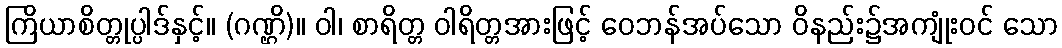
ကြိယာစိတ္တုပ္ပါဒ်နှင့်။ (ဂဏ္ဌိ)။ ဝါ၊ စာရိတ္တ ဝါရိတ္တအားဖြင့် ဝေဘန်အပ်သော ဝိနည်း၌အကျုံးဝင် သော